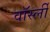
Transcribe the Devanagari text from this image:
वॉर्स्ली